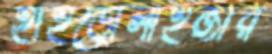
হাইড্রোলাইজার